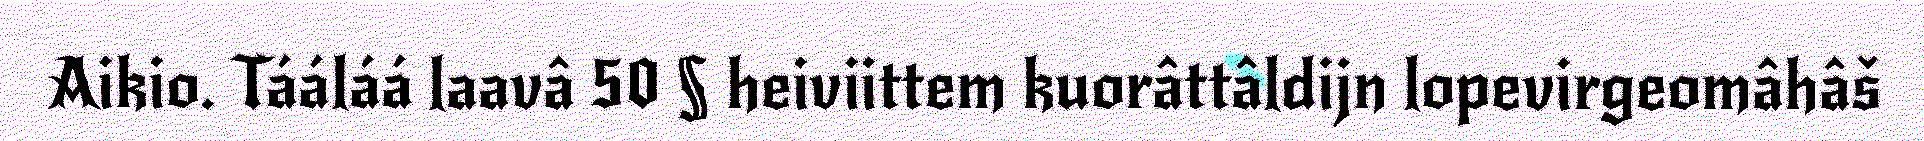
Aikio. Tááláá laavâ 50 § heiviittem kuorâttâldijn lopevirgeomâhâš